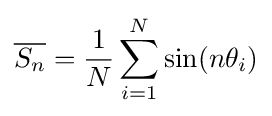
{\overline {S_{n}}}={\frac {1}{N}}\sum _{i=1}^{N}\sin(n\theta _{i})